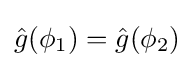
{\hat {g}}(\phi _{1})={\hat {g}}(\phi _{2})